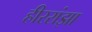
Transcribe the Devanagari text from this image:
हीररांझा